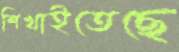
শিখাইতেছে